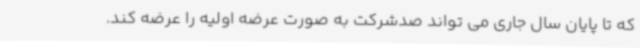
که تا پایان سال جاری می تواند صدشرکت به صورت عرضه اولیه را عرضه کند.